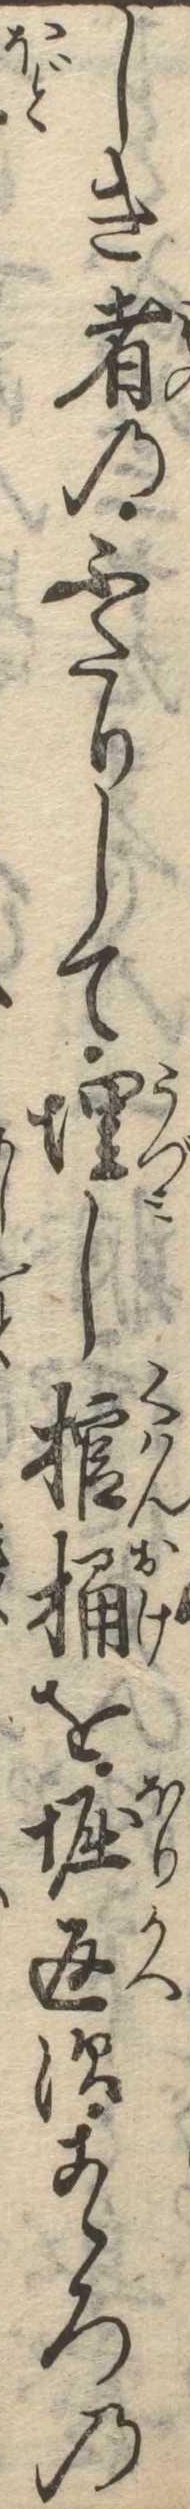
しき者のふたりして埋し棺桶を堀返すこゝろの